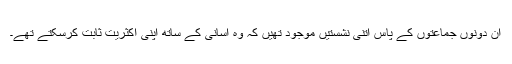
ان دونوں جماعتوں کے پاس اتنی نشستیں موجود تھیں کہ وہ آسانی کے ساتھ اپنی اکثریت ثابت کرسکتے تھے۔